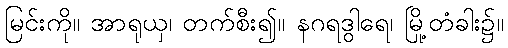
မြင်းကို။ အာရုယှ၊ တက်စီး၍။ နဂရဒွါရေ၊ မြို့တံခါး၌။